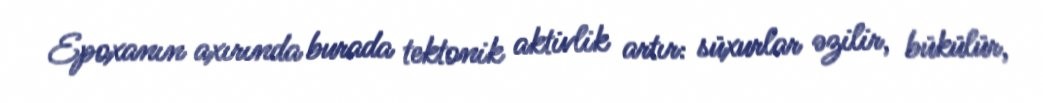
Epoxanın axırında burada tektonik aktivlik artır: süxurlar əzilir, bükülür,